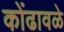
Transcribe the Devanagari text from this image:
कोंढावळे